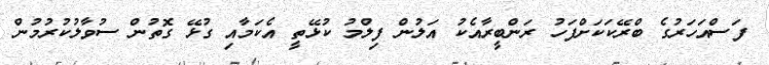
ފަސްއަހަރުގެ ބްރޭކަކަށްފަހު ރަންބީރާއެކު އަލުން ފިލްމު ކުޅޭތީ އެކަމާއި ގުޅޭ ގޮތުން ސުވާލުކުރުމުން